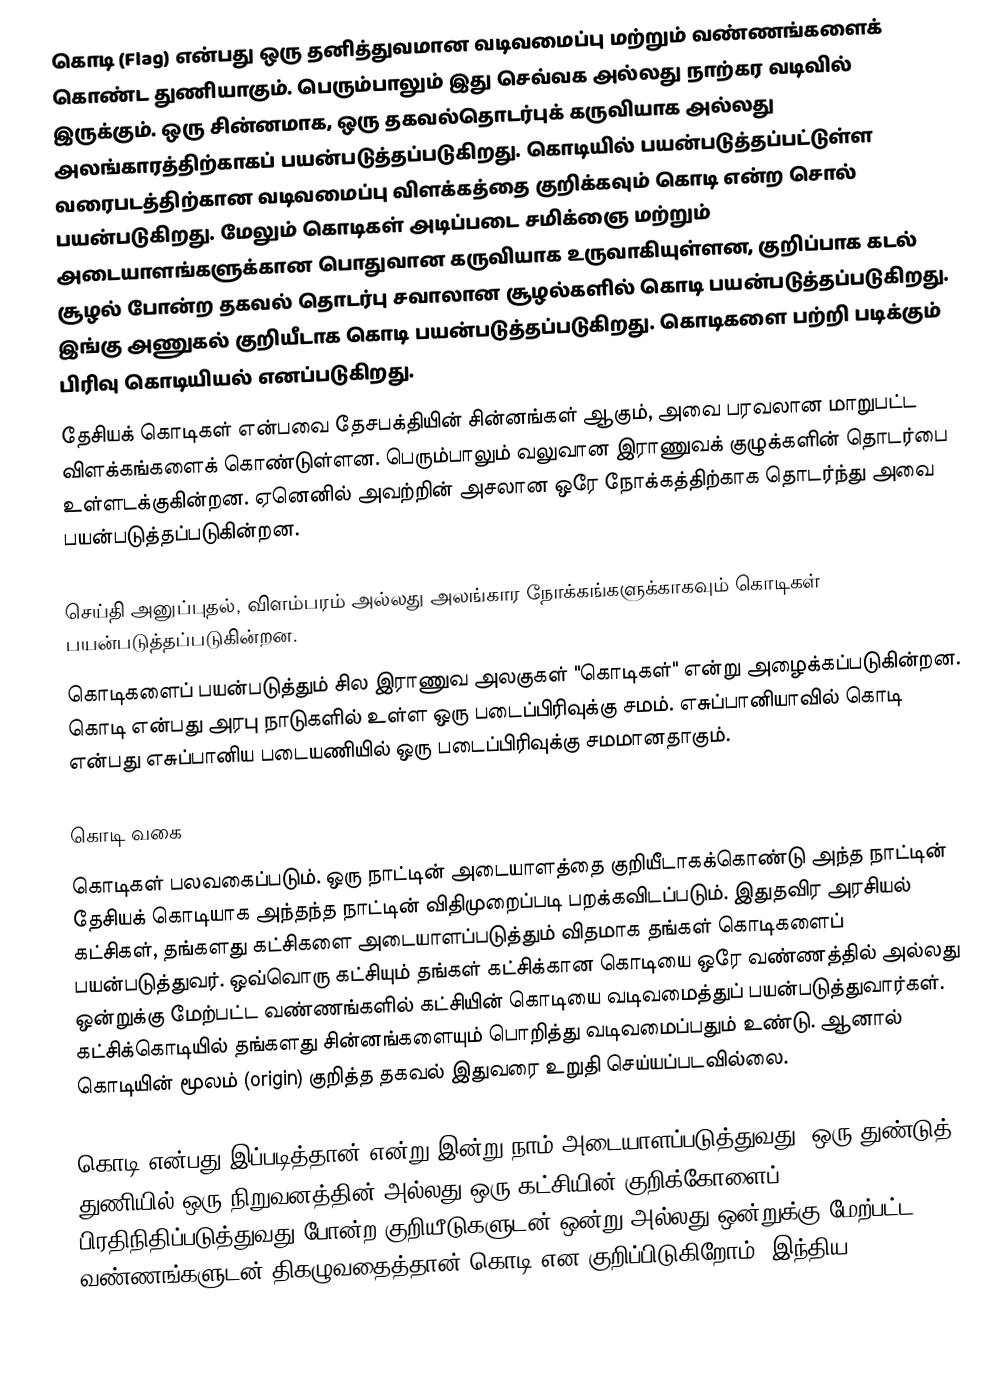
கொடி (Flag) என்பது ஒரு தனித்துவமான வடிவமைப்பு மற்றும் வண்ணங்களைக் கொண்ட துணியாகும். பெரும்பாலும் இது செவ்வக அல்லது நாற்கர வடிவில் இருக்கும். ஒரு சின்னமாக, ஒரு தகவல்தொடர்புக் கருவியாக அல்லது அலங்காரத்திற்காகப் பயன்படுத்தப்படுகிறது. கொடியில் பயன்படுத்தப்பட்டுள்ள வரைபடத்திற்கான வடிவமைப்பு விளக்கத்தை  குறிக்கவும் கொடி என்ற சொல் பயன்படுகிறது.  மேலும் கொடிகள் அடிப்படை சமிக்ஞை மற்றும் அடையாளங்களுக்கான பொதுவான கருவியாக உருவாகியுள்ளன, குறிப்பாக கடல் சூழல் போன்ற தகவல் தொடர்பு சவாலான சூழல்களில் கொடி பயன்படுத்தப்படுகிறது. இங்கு அணுகல் குறியீடாக கொடி பயன்படுத்தப்படுகிறது. கொடிகளை பற்றி படிக்கும் பிரிவு கொடியியல் எனப்படுகிறது.
தேசியக் கொடிகள் என்பவை தேசபக்தியின் சின்னங்கள் ஆகும், அவை பரவலான மாறுபட்ட விளக்கங்களைக் கொண்டுள்ளன. பெரும்பாலும் வலுவான இராணுவக் குழுக்களின் தொடர்பை உள்ளடக்குகின்றன. ஏனெனில் அவற்றின் அசலான ஒரே நோக்கத்திற்காக தொடர்ந்து அவை  பயன்படுத்தப்படுகின்றன.

செய்தி அனுப்புதல், விளம்பரம் அல்லது அலங்கார நோக்கங்களுக்காகவும் கொடிகள் பயன்படுத்தப்படுகின்றன.
கொடிகளைப் பயன்படுத்தும் சில இராணுவ அலகுகள் "கொடிகள்" என்று அழைக்கப்படுகின்றன.  கொடி என்பது அரபு நாடுகளில் உள்ள ஒரு படைப்பிரிவுக்கு சமம். எசுப்பானியாவில் கொடி  என்பது எசுப்பானிய படையணியில் ஒரு படைப்பிரிவுக்கு சமமானதாகும்.

கொடி வகை
கொடிகள் பலவகைப்படும். ஒரு நாட்டின் அடையாளத்தை குறியீடாகக்கொண்டு அந்த நாட்டின் தேசியக் கொடியாக அந்தந்த நாட்டின் விதிமுறைப்படி பறக்கவிடப்படும். இதுதவிர அரசியல் கட்சிகள், தங்களது கட்சிகளை அடையாளப்படுத்தும் விதமாக தங்கள் கொடிகளைப் பயன்படுத்துவர். ஒவ்வொரு கட்சியும் தங்கள் கட்சிக்கான கொடியை ஒரே வண்ணத்தில் அல்லது ஒன்றுக்கு மேற்பட்ட வண்ணங்களில் கட்சியின் கொடியை வடிவமைத்துப் பயன்படுத்துவார்கள். கட்சிக்கொடியில் தங்களது சின்னங்களையும் பொறித்து வடிவமைப்பதும் உண்டு. ஆனால் கொடியின் மூலம் (origin) குறித்த தகவல் இதுவரை உறுதி செய்யப்படவில்லை.

கொடி என்பது இப்படித்தான் என்று இன்று நாம் அடையாளப்படுத்துவது, ஒரு துண்டுத் துணியில் ஒரு நிறுவனத்தின் அல்லது ஒரு கட்சியின் குறிக்கோளைப் பிரதிநிதிப்படுத்துவது போன்ற குறியீடுகளுடன் ஒன்று அல்லது ஒன்றுக்கு மேற்பட்ட வண்ணங்களுடன் திகழுவதைத்தான் கொடி என குறிப்பிடுகிறோம். இந்திய